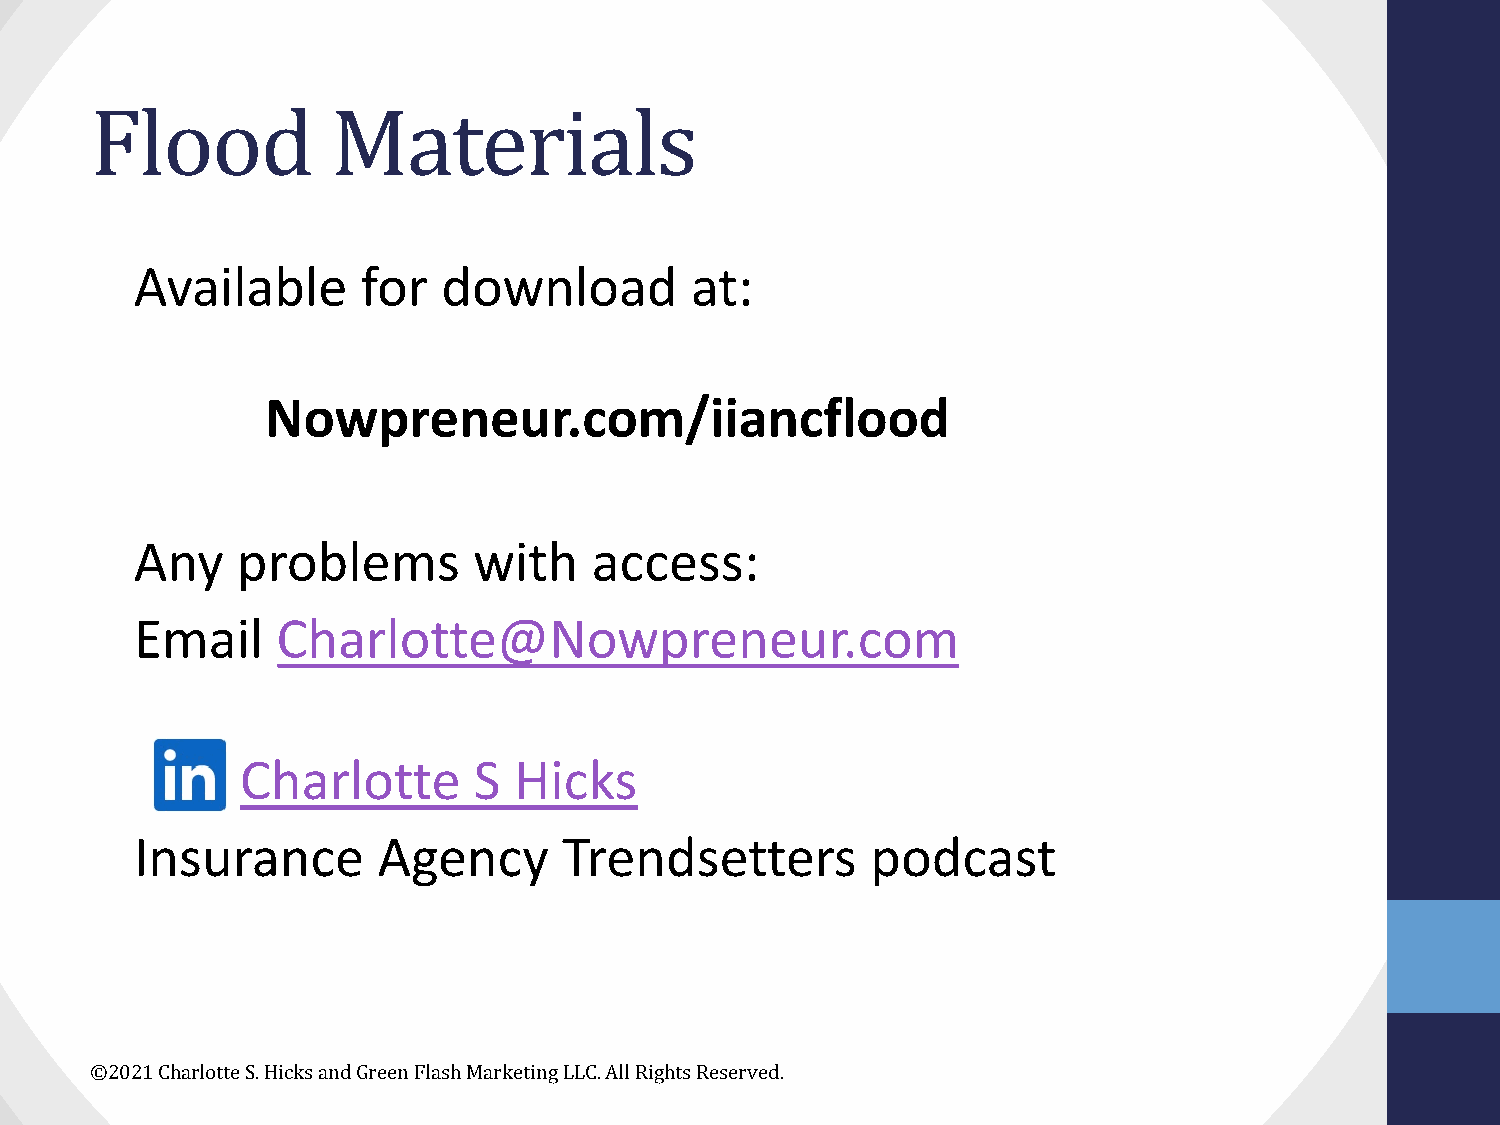
Flood           Materials
 Available      for  download         at:
 Nowpreneur.com/iiancflood
 Any    problems       with    access:
 Email    Charlotte@Nowpreneur.com
 Charlotte      S  Hicks
 Insurance       Agency      Trendsetters         podcast
 ©2021 Charlotte S. Hicks and Green Flash Marketing LLC. All Rights Reserved.